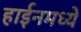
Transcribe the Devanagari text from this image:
हाईनमध्ये